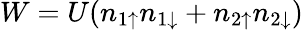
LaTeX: W=U(n_{1\uparrow}n_{1\downarrow}+n_{2\uparrow}n_{2\downarrow})